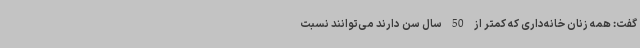
گفت: همه زنان خانه‌داری که کمتر از 50 سال سن دارند می‌توانند نسبت